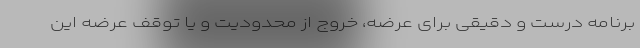
برنامه درست و دقیقی برای عرضه، خروج از محدودیت و یا توقف عرضه‌ این